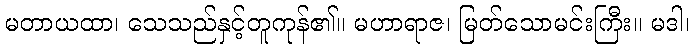
မတာယထာ၊ သေသည်နှင့်တူကုန်၏။ မဟာရာဇ၊ မြတ်သောမင်းကြီး။ မဒါ၊